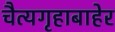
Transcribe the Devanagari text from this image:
चैत्यगृहाबाहेर